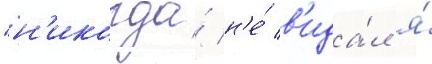
"н'икогда́ н'е́ в'ида́л я́